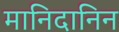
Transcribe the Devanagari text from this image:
मानिदानिन